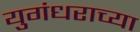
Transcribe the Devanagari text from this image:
युगंधराच्या